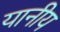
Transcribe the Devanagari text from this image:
यानीय